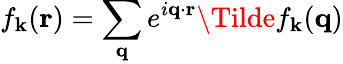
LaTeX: f_{\mathbf{k}}(\mathbf{r})=\sum_{\mathbf{q}}e^{i\mathbf{q}\cdot\mathbf{r}}\Tilde{f}_{\mathbf{k}}(\mathbf{q})